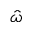
\hat { \omega }